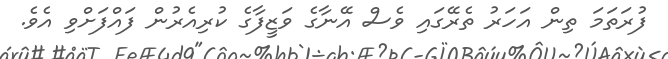
ފުރަތަމަ ތިން އަހަރު ތެރޭގައި ވެސް އޭނާގެ ވަޒީފާގެ ކުރިއެރުން ފައްފަށްވި އެވެ.